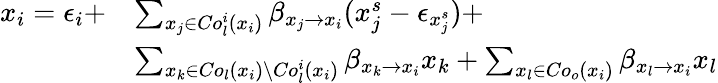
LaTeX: \begin{array}{rl}{x_{i}=\epsilon_{i}+}&{\sum_{x_{j}\in Co_{l}^{i}(x_{i})}\beta_{x_{j}\rightarrow x_{i}}(x_{j}^{s}-\epsilon_{x_{j}^{s}})+}\\ &{\sum_{x_{k}\in Co_{l}(x_{i})\setminus Co_{l}^{i}(x_{i})}\beta_{x_{k}\rightarrow x_{i}}x_{k}+\sum_{x_{l}\in Co_{o}(x_{i})}\beta_{x_{l}\rightarrow x_{i}}x_{l}}\end{array}